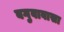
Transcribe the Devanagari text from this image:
बगुवावासा